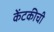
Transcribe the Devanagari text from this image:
केंटकीची